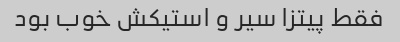
فقط پیتزا سیر و استیکش خوب بود